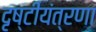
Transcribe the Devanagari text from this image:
दृष्टीयंत्रणा